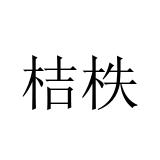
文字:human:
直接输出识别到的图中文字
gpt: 桔柣